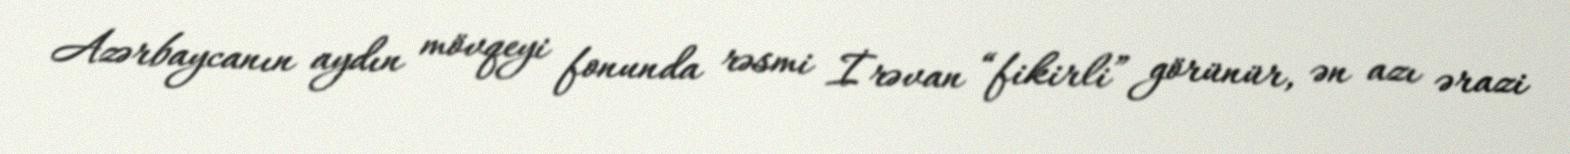
Azərbaycanın aydın mövqeyi fonunda rəsmi İrəvan “fikirli” görünür, ən azı ərazi